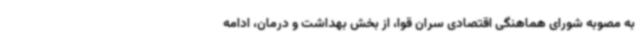
به مصوبه شورای هماهنگی اقتصادی سران قوا، از بخش بهداشت و درمان، ادامه